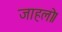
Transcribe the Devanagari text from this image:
जाहलो।